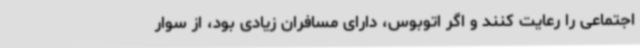
اجتماعی را رعایت کنند و اگر اتوبوس، دارای مسافران زیادی بود، از سوار